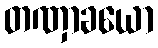
တဏှာခယော